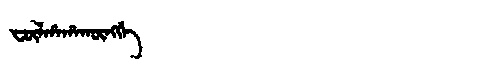
Manchu: ᡶᡡᠯᡥᠠᡥᠠᡴᡡᠩᡤᡝ
Romanization: FŪLHAHAKŪNGGE